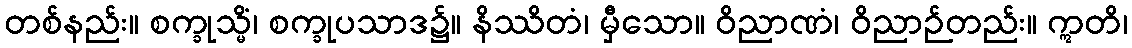
တစ်နည်း။ စက္ခုသ္မိံ၊ စက္ခုပသာဒ၌။ နိဿိတံ၊ မှီသော။ ဝိညာဏံ၊ ဝိညာဉ်တည်း။ ဣတိ၊